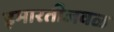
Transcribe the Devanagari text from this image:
इमारतीजवळ